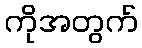
ကိုအတွက်